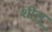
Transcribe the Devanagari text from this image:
शीलू